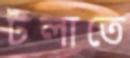
টলাতে